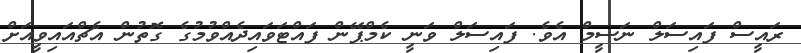
ރައީސް ފައިސަލް ނަސީމް އެވެ. ފައިސަލް ވަނީ ކެމްޕޭން ފައްޓަވައިދެއްވުމުގެ ގޮތުން އެޗްއައިވީއަށް